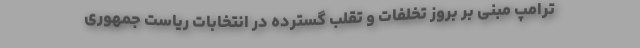
ترامپ مبنی بر بروز تخلفات و تقلب گسترده در انتخابات ریاست جمهوری